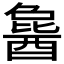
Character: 𬪰